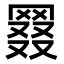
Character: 𦋖